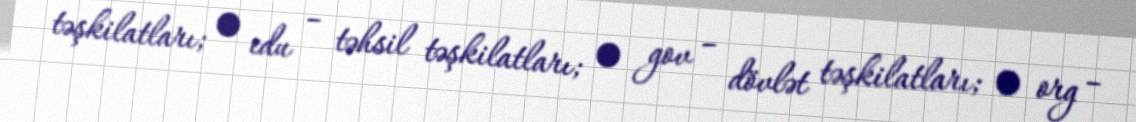
təşkilatları; • edu – təhsil təşkilatları; • gov – dövlət təşkilatları; • org –